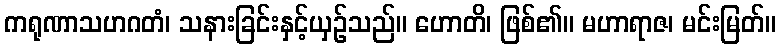
ကရုဏာသဟဂတံ၊ သနားခြင်းနှင့်ယှဉ်သည်။ ဟောတိ၊ ဖြစ်၏။ မဟာရာဇ၊ မင်းမြတ်။